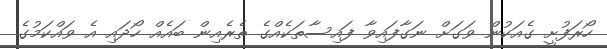
ހޯރަފުށީ ގެއަކުން ވަގަށް ނަގާފައިވާ ފައިސާތަކެއްގެ ތެރެއިން ބައެއް ހޯދައި އެ ވައްކަމުގެ